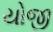
યોજી